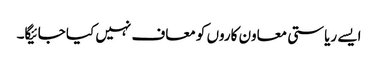
ایسے ریاستی معاون کاروں کو معاف نہیں کیا جائیگا۔